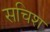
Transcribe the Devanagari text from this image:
सचिश